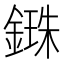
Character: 𨪥